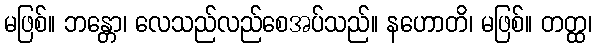
မဖြစ်။ ဘန္တော၊ လေသည်လည်စေအပ်သည်။ နဟောတိ၊ မဖြစ်။ တတ္ထ၊